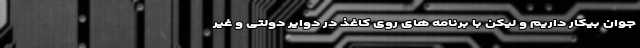
جوان بیکار داریم و لیکن با برنامه های روی کاغذ در دوایر دولتی و غیر